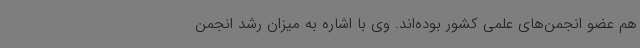
هم عضو انجمن‌های علمی کشور بوده‌اند. وی با اشاره به میزان رشد انجمن